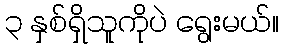
၃ နှစ်ရှိသူကိုပဲ ရွေးမယ်။